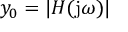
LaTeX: y _ { 0 } = | H ( \mathrm { j } \omega ) |